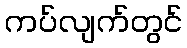
ကပ်လျက်တွင်